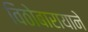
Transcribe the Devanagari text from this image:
विठोबारायाने